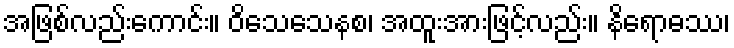
အဖြစ်လည်းကောင်း။ ဝိသေသေနစ၊ အထူးအားဖြင့်လည်း။ နိရောဓဿ၊